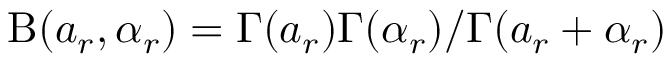
\mathrm { B } ( a _ { r } , \alpha _ { r } ) = \Gamma ( a _ { r } ) \Gamma ( \alpha _ { r } ) / \Gamma ( a _ { r } + \alpha _ { r } )